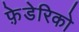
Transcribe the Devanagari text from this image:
फ़े़डेरिको